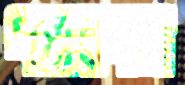
পল্লবদল